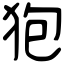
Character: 狍